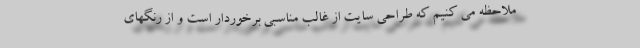
ملاحظه مي كنيم كه طراحي سايت از غالب مناسبي برخوردار است و از رنگهاي